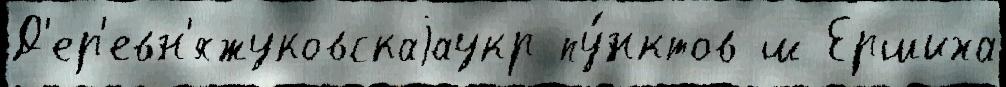
Д'ер'евн'яжуковскаjаукр пу́нктов ш Ершиха